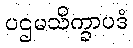
ပဌမသိက္ခာပဒံ